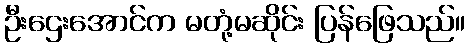
ဦးဌေးအောင်က မတုံ့မဆိုင်း ပြန်ဖြေသည်။